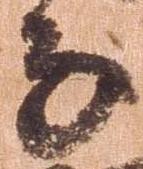
子